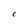
Character: C